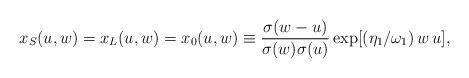
LaTeX: \begin{align*}x_{S}(u,w) = x_{L}(u,w)=x_{0}(u,w)\equiv {\sigma(w-u) \over{\sigma(w) \sigma(u)}} \exp[(\eta_{1}/\omega_{1})\,w\,u],\end{align*}